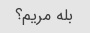
بله مریم؟